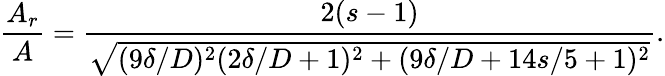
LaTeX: \frac{A_{r}}{A}=\frac{2(s-1)}{\sqrt{(9\delta/D)^{2}(2\delta/D+1)^{2}+(9\delta/D+14s/5+1)^{2}}}.